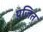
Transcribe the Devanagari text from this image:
प्रजित